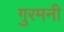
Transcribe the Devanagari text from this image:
गुरमनी